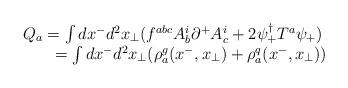
LaTeX: \begin{align*}\begin{array}{l}Q_a = \int dx^- d^2x_{\bot} (f^{abc} A_b^i \partial^+A_c^i + 2 \psi_+^{\dagger} T^a \psi_+) \\~~~~~= \int dx^- d^2x_{\bot} (\rho_a^g(x^-,x_{\bot})+ \rho_a^q(x^-,x_{\bot})) \end{array}\end{align*}